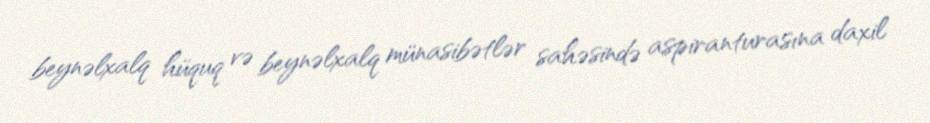
beynəlxalq hüquq və beynəlxalq münasibətlər sahəsində aspiranturasına daxil